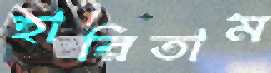
হারিতাম